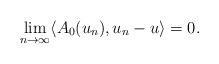
LaTeX: \begin{align*}\lim_{n\rightarrow\infty} \langle A_0(u_n), u_n - u \rangle = 0.\end{align*}